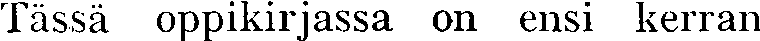
Tässä oppikirjassa on ensi kerran